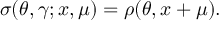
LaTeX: \sigma ( \theta , \gamma ; x , \mu ) = \rho ( \theta , x + \mu ) .